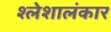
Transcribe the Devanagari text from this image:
श्लेशालंकार